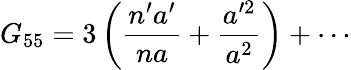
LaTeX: G_{55}=3\left({\frac{n^{\prime}a^{\prime}}{na}}+{\frac{a^{\prime 2}}{a^{2}}}\right)+\cdots